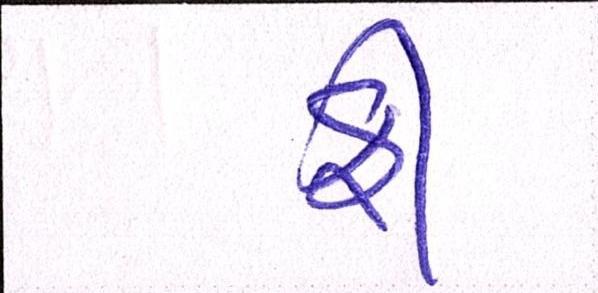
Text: ફી